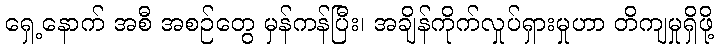
ရှေ့နောက် အစီ အစဉ်တွေ မှန်ကန်ပြီး၊ အချိန်ကိုက်လှုပ်ရှားမှုဟာ တိကျမှုရှိဖို့